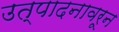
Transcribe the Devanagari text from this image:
उत्पादनावरून